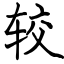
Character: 较